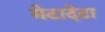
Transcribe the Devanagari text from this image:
मेटादेटा